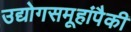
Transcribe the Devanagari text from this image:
उद्योगसमूहांपैकी